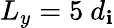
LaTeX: L_{y}=5\ d_{\mathbf{i}}